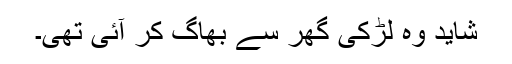
شاید وہ لڑکی گھر سے بھاگ کر آئی تھی۔